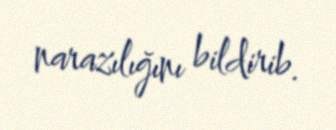
narazılığını bildirib.